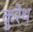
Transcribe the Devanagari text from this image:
कुरेथ